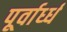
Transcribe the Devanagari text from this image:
पूर्वार्ध्ध